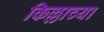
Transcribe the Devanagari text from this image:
किल्लाच्या